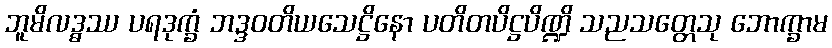
ဘူမိလဒ္ဓဿ ပရဒုက္ခံ ဘဒ္ဒဝတိယသေဋ္ဌိနော ပတိတပိဋ္ဌပိဏ္ဍိ သညသတ္တေသု ဘောက္ခာမ